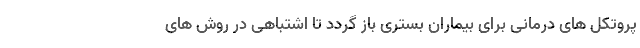
پروتکل های درمانی برای بیماران بستری باز گردد تا اشتباهی در روش های